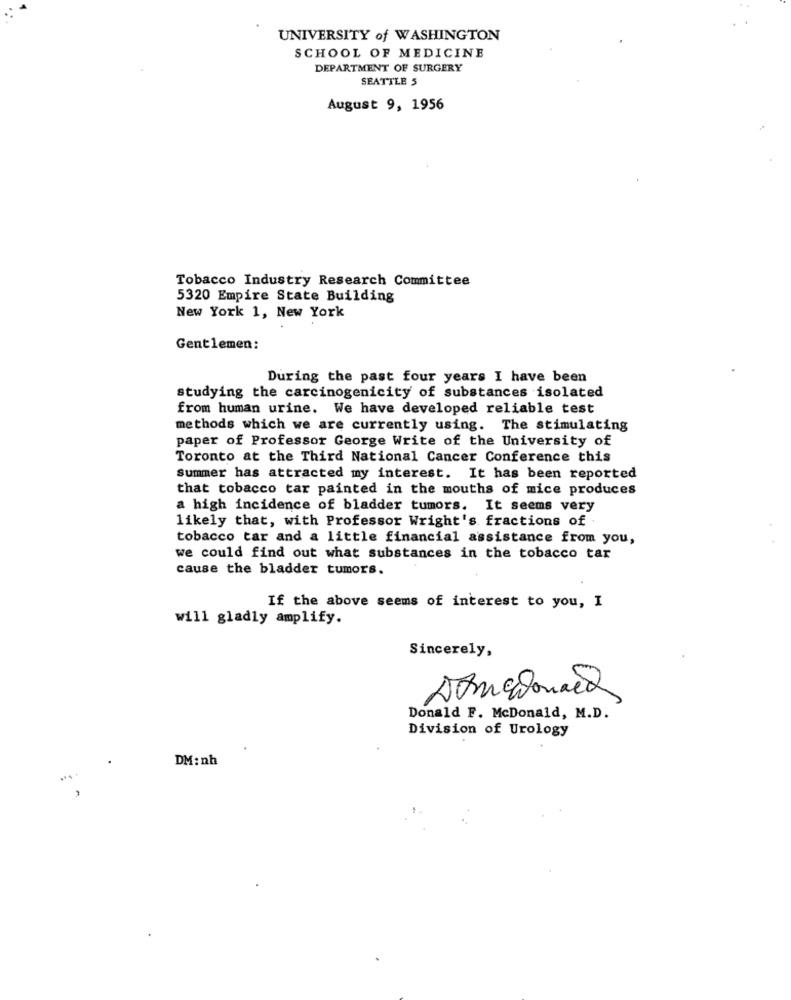
UNIVERSITY of WASHINGTON
SCHOOL OF MEDICINE
DEPARTMENT OF SURGERY
SEATTLE 5
August 9, 1956
Tobacco Industry Research Committee
5320 Empire State Building
New York 1, New York
Gentlemen:
During the past four years I have been
studying the carcinogenicity of substances isolated
from human urine. We have developed reliable test
methods which we are currently using. The stimulating
paper of Professor George Write of the University of
Toronto at the Third National Cancer Conference this
Summer has attracted my interest. It has been reported
that tobacco tar painted in the mouths of mice produces
a high incidence of bladder tumors. It seems very
likely that, with Professor Wright's fractions of
tobacco tar and a little financial assistance from you,
we could find out what substances in the tobacco tar
cause the bladder tumors.
If the above seems of interest to you, I
will gladly amplify.
Sincerely,
Domandonach
Donald F. McDonald, M.D.
Division of Urology
DM: nh